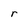
Character: r